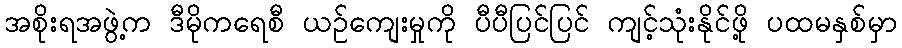
အစိုးရအဖွဲ့က ဒီမိုကရေစီ ယဉ်ကျေးမှုကို ပီပီပြင်ပြင် ကျင့်သုံးနိုင်ဖို့ ပထမနှစ်မှာ